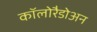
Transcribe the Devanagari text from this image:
कॉलोरैडोअन